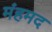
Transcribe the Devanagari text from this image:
मंहमद